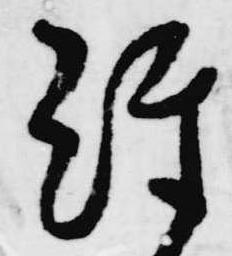
経